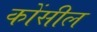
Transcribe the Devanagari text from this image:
कोंसील